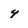
Character: 4